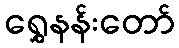
ရွှေနန်းတော်